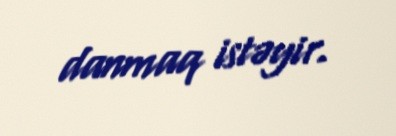
danmaq istəyir.